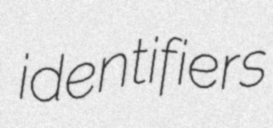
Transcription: identifiers